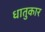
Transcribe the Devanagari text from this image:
धातुकार